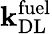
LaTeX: \mathbf{k}_{\mathrm{{DL}}}^{\mathrm{{fuel}}}